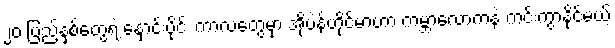
၂၀ ပြည့်နှစ်တွေရဲ့ နှောင်းပိုင်း ကာလတွေမှာ အိုပဲန်ဟိုင်မာဟာ ကမ္ဘာလောကနဲ့ ကင်းကွာနိုင်မယ့်